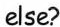
else?